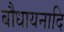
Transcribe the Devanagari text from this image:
बौधायनादि